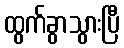
ထွက်ခွာသွားပြီ